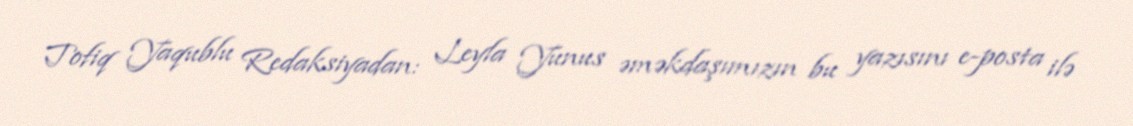
Tofiq Yaqublu Redaksiyadan: Leyla Yunus əməkdaşımızın bu yazısını e-posta ilə